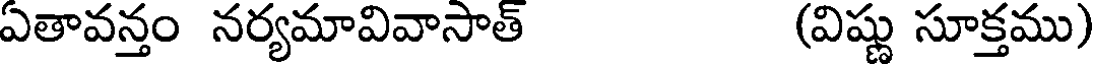
ఏతావన్తం నర్యమావివాసాత్ (విష్ణు సూక్తము)